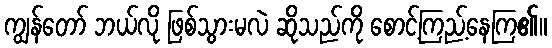
ကျွန်တော် ဘယ်လို ဖြစ်သွားမလဲ ဆိုသည်ကို စောင့်ကြည့်နေကြ၏။